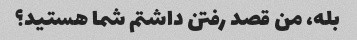
بله، من قصد رفتن داشتم شما هستید؟